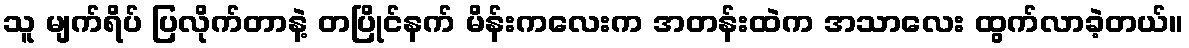
သူ မျက်ရိပ် ပြလိုက်တာနဲ့ တပြိုင်နက် မိန်းကလေးက အတန်းထဲက အသာလေး ထွက်လာခဲ့တယ်။